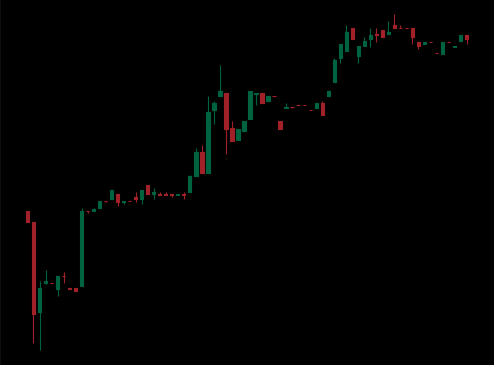
Pattern: bear_flag